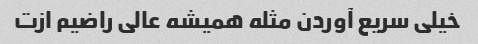
خیلی سریع آوردن مثله همیشه عالی راضیم ازت